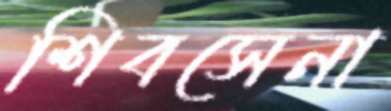
শিবসেনা